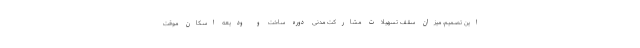
این تصمیم، میزان سقف تسهیلات مشارکت مدنی دوره ساخت و ودیعه اسکان موقت